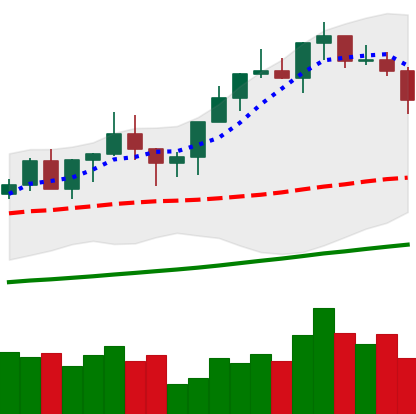
Ticker: XMR-USD
Chart end date: 2020-12-21
Forward return: 14.814%
Label: up_7plus